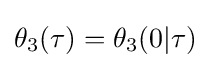
\theta _{3}(\tau )=\theta _{3}(0|\tau )